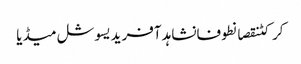
کرکٹنقصانطوفانشاہد آفریدیسوشل میڈیا